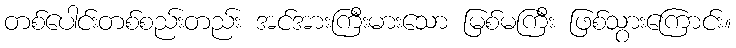
တစ်ပေါင်းတစ်စည်းတည်း အင်အားကြီးမားသော မြစ်မကြီး ဖြစ်သွားကြောင်း။